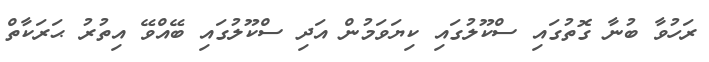
ރަހުވާ ބުނާ ގޮތުގައި ސްކޫލުގައި ކިޔަވަމުން އަދި ސްކޫލުގައި ބޭއްވޭ އިތުރު ޙަރަކާތް